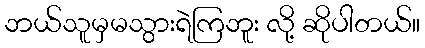
ဘယ်သူမှမသွားရဲကြဘူး လို့ ဆိုပါတယ်။